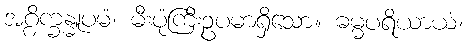
အဂ္ဂိက္ခန္ဓူပမံ၊ မီးပုံကြီးဥပမာရှိသော။ ဓမ္မပရိယာယံ၊